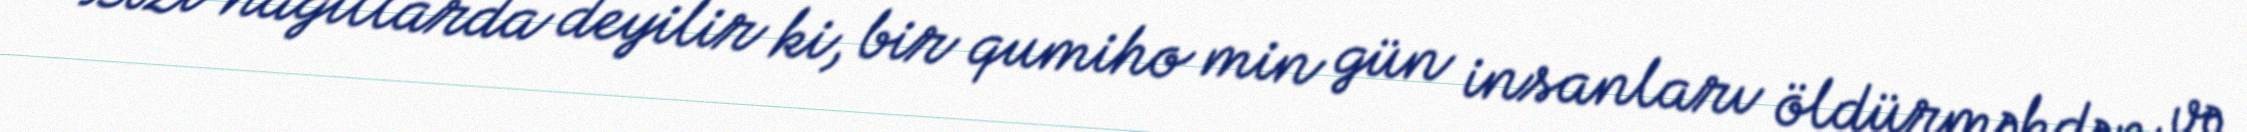
Bəzi nağıllarda deyilir ki, bir qumiho min gün insanları öldürməkdən və